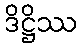
ဒိဋ္ဌိဿ